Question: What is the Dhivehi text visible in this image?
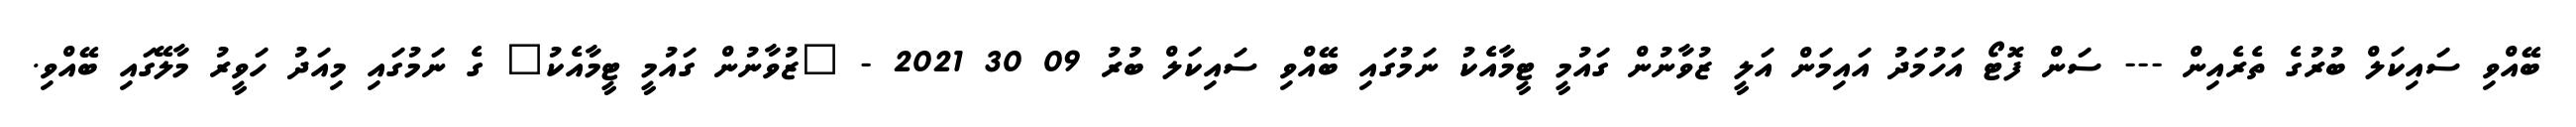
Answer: ބޭއްވި ސައިކަލް ބުރުގެ ތެރެއިން --- ސަން ފޮޓޯ އަހުމަދު އައިމަން އަލީ ޒުވާނުން ގައުމީ ޓީމާއެކު ނަމުގައި ބޭއްވި ސައިކަލް ބުރު 09 30 2021 - "ޒުވާނުން ގައުމީ ޓީމާއެކު" ގެ ނަމުގައި މިއަދު ހަވީރު މާލޭގައި ބޭއްވި.